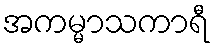
အကမ္မာသကာရီ